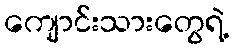
ကျောင်းသားတွေရဲ့